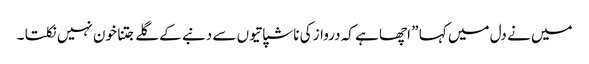
میں نے دل میں کہا ” اچھا ہے کہ درواز کی ناشپاتیوں سے دنبے کے گلے جتنا خون نہیں نکلتا ۔